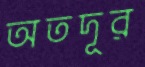
অতদূর